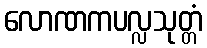
လောဏကပလ္လသုတ္တံ